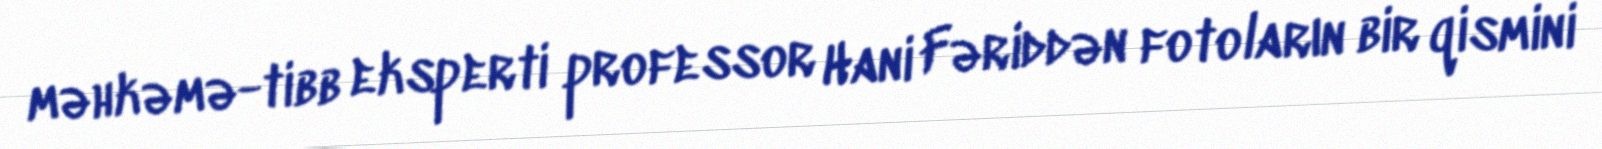
məhkəmə-tibb eksperti professor Hani Fəriddən fotoların bir qismini